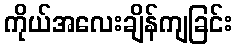
ကိုယ်အလေးချိန်ကျခြင်း